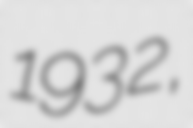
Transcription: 1932,